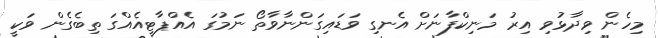
މިހެން ވިދާޅުވި އިރު މަނިކްފާނަށް އެނގި ވަޑައިގަންނާވާތޯ ނަމުގަ އެއްޕާޓީއެއްގަ ތިބެގެން ވަކީ